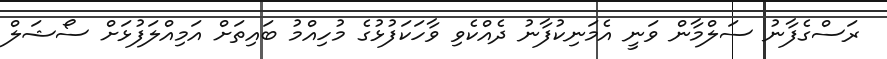
ރަސްގެފާނު ސަލްމާން ވަނީ އެމަނިކުފާނު ދެއްކެވި ވާހަކަފުޅުގެ މުހިއްމު ބައިތަށް އަމިއްލަފުޅަށް ސޯޝަލް